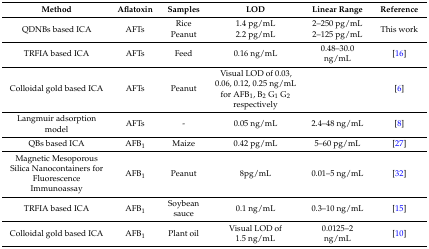
<table><thead><tr><td><b>Method</b></td><td><b>Aflatoxin</b></td><td><b>Samples</b></td><td><b>LOD</b></td><td><b>Linear Range</b></td><td><b>Reference</b></td></tr></thead><tbody><tr><td rowspan="2">QDNBs based ICA</td><td rowspan="2">AFTs</td><td>Rice</td><td>1.4 pg/mL</td><td>2–250 pg/mL</td><td rowspan="2">This work</td></tr><tr><td>Peanut</td><td>2.2 pg/mL</td><td>2–125 pg/mL</td></tr><tr><td>TRFIA based ICA</td><td>AFTs</td><td>Feed</td><td>0.16 ng/mL</td><td>0.48–30.0 ng/mL</td><td>[16]</td></tr><tr><td>Colloidal gold based ICA</td><td>AFTs</td><td>Peanut</td><td>Visual LOD of 0.03, 0.06, 0.12, 0.25 ng/mL for AFB<sub>1</sub>, B<sub>2</sub> G<sub>1</sub> G<sub>2</sub> respectively</td><td></td><td>[6]</td></tr><tr><td>Langmuir adsorption model</td><td>AFTs</td><td>-</td><td>0.05 ng/mL</td><td>2.4–48 ng/mL</td><td>[8]</td></tr><tr><td>QBs based ICA</td><td>AFB<sub>1</sub></td><td>Maize</td><td>0.42 pg/mL</td><td>5–60 pg/mL</td><td>[27]</td></tr><tr><td>Magnetic Mesoporous Silica Nanocontainers for Fluorescence Immunoassay</td><td>AFB<sub>1</sub></td><td>Peanut</td><td>8pg/mL</td><td>0.01–5 ng/mL</td><td>[32]</td></tr><tr><td>TRFIA based ICA</td><td>AFB<sub>1</sub></td><td>Soybean sauce</td><td>0.1 ng/mL</td><td>0.3–10 ng/mL</td><td>[15]</td></tr><tr><td>Colloidal gold based ICA</td><td>AFB<sub>1</sub></td><td>Plant oil</td><td>Visual LOD of 1.5 ng/mL</td><td>0.0125–2 ng/mL</td><td>[10]</td></tr></tbody></table>